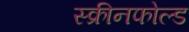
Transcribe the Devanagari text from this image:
स्क्रीनफोल्ड